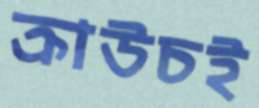
ক্রাউচই